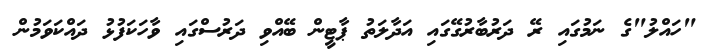
"ހައްލު"ގެ ނަމުގައި ރޭ ދަރުބާރުގޭގައި އަދާލަތު ޕާޓީން ބޭއްވި ދަރުސްގައި ވާހަކަފުޅު ދައްކަވަމުން